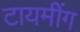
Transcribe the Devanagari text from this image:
टायमींग